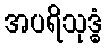
အပရိသုဒ္ဓံ